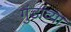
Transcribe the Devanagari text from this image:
गुंडांव्या